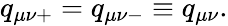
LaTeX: q_{\mu\nu+}=q_{\mu\nu-}\equiv q_{\mu\nu}.